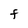
Character: F